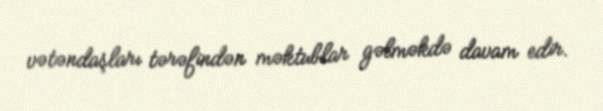
vətəndaşları tərəfindən məktublar gəlməkdə davam edir.